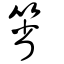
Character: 箵